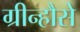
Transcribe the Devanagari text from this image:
ग्रीन्हौसे